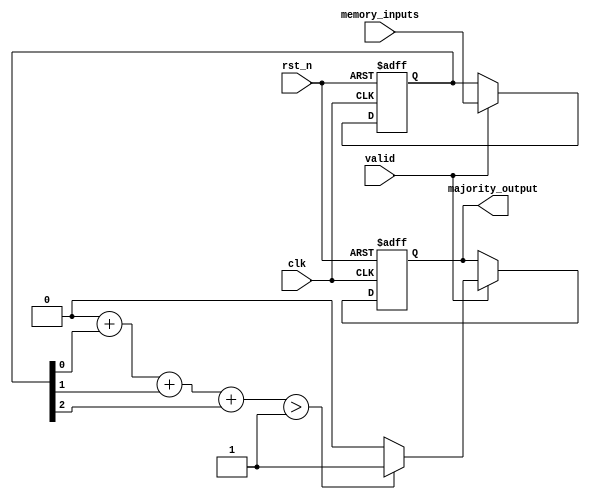
module MajorityVotingDetector #(
    parameter N = 3  // Number of memory blocks (must be odd)
)(
    input wire [N-1:0] memory_inputs, // Inputs from memory blocks
    input wire valid,                  // Signal indicating valid input data
    input wire clk,                    // Clock signal
    input wire rst_n,                  // Asynchronous reset (active low)
    output reg majority_output         // Output representing the majority value
);

    // Internal signals
    reg [N-1:0] memory_data;          // Register to store memory inputs
    reg [N:0] count_1s;               // Count of 1s (maximum value is N)
    
    // Always block to capture input data when valid
    always @(posedge clk or negedge rst_n) begin
        if (!rst_n) begin
            memory_data <= 0;          // Reset memory data
        end else if (valid) begin
            memory_data <= memory_inputs; // Capture memory inputs
        end
    end

    // Counting the number of 1s in the memory data
    integer i;
    always @(*) begin
        count_1s = 0; // Initialize count
        for (i = 0; i < N; i = i + 1) begin
            count_1s = count_1s + memory_data[i]; // Count number of 1s
        end
    end

    // Determine majority output based on count of 1s
    always @(posedge clk or negedge rst_n) begin
        if (!rst_n) begin
            majority_output <= 0; // Reset majority output
        end else if (valid) begin
            if (count_1s > (N / 2)) begin
                majority_output <= 1; // Majority is 1
            end else begin
                majority_output <= 0; // Majority is 0
            end
        end
    end

endmodule